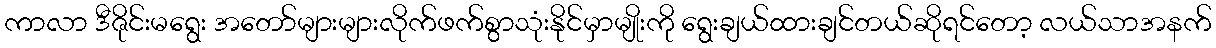
ကာလာ ဒီဇိုင်းမရွေး အတော်များများလိုက်ဖက်စွာသုံးနိုင်မှာမျိုးကို ရွေးချယ်ထားချင်တယ်ဆိုရင်တော့ လယ်သာအနက်